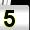
Digit: 5